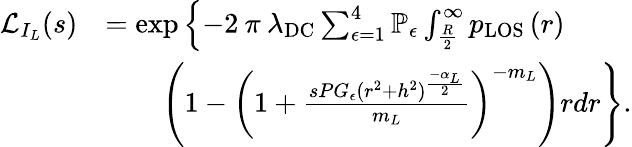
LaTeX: \begin{array}{rl}{\mathcal{L}_{I_{L}}(s)}&{=\exp\left\{ -2\: \pi\: \lambda_{\mathrm{DC}}\sum_{\epsilon=1}^{4}\mathbb{P}_{\epsilon}\int_{\frac{R}{2}}^{\infty}p_{\mathrm{{LOS}}}\left(r\right)\right.}\\ &{\quad\quad\left.\left(1-\left(1+\frac{sPG_{\epsilon}(r^{2}+h^{2})^{\frac{-\alpha_{L}}{2}}}{m_{L}}\right)^{-m_{L}}\right)rdr\right\} .}\end{array}